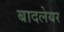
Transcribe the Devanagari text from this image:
बादलेयर